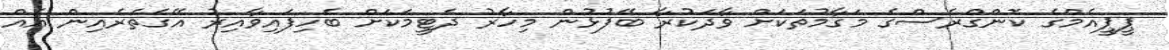
ޕީޕީއެމްގެ ކޮންގްރެސްގެ މަގާމުތަކަށް ވާދަކުރާ ބޭފުޅުން މިހާރު ދެޓީމަކަށް ބެހިފައިވާއިރު އޭގެތެރެއިން އެއް